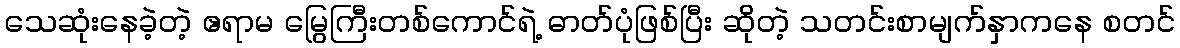
သေဆုံးနေခဲ့တဲ့ ဧရာမ မြွေကြီးတစ်ကောင်ရဲ့ ဓာတ်ပုံဖြစ်ပြီး ဆိုတဲ့ သတင်းစာမျက်နှာကနေ စတင်